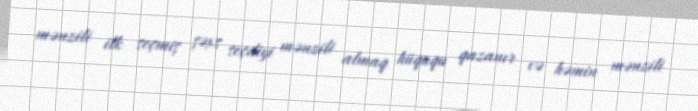
mənzili ilk seçmiş şəxs seçdiyi mənzili almaq hüququ qazanır və həmin mənzili